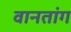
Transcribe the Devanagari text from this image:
वानतांग